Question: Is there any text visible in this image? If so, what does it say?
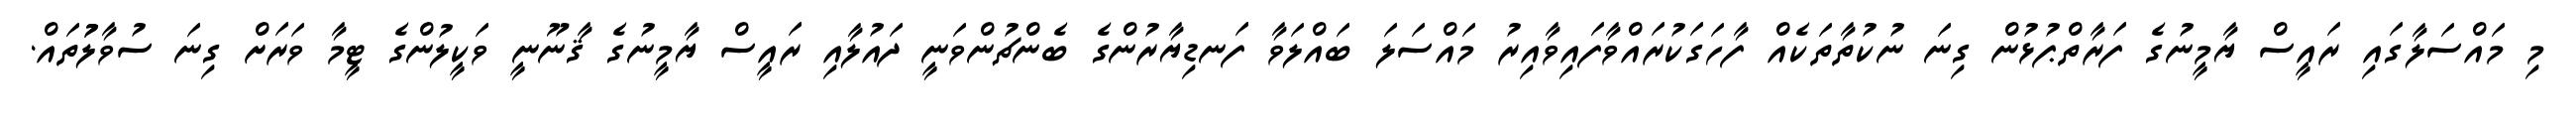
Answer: މި މައްސަލާގައި ރައީސް ޔާމީނުގެ ފަރާތްޕުޅުން ގިނަ ނުކުތާތަކެއް ފާހަގަކުރައްވާފައިވާއިރު މައްސަލަ ބައްލަވާ ފަނޑިޔާރުންގެ ބެންޗުންވަނީ ދައުލާއި ރައީސް ޔާމީނުގެ ޤާނޫނީ ވަކީލުންގެ ޓީމާ ވަރަށް ގިނަ ސުވާލުުތައް.